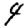
Digit: 4